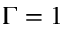
\Gamma = 1